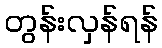
တွန်းလှန်ရန်